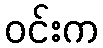
ဝင်းက